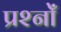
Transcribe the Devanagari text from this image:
प्रश्नोँ